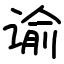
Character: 谕